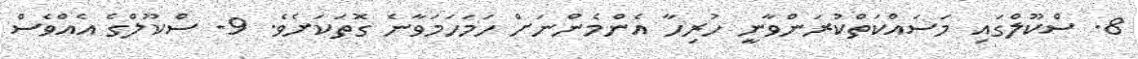
8. ސްކޫލްގައި މަސައްކަތްކުރަންވާނީ ހުރިހާ އެންމެންނަށް ހަމަހަމަވާނެ ގޮތަކަށެވެ. 9. ސްކޫލްގެ އެއްވެސް